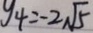
y _ { 4 } = - 2 \sqrt { 5 }